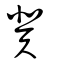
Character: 冀